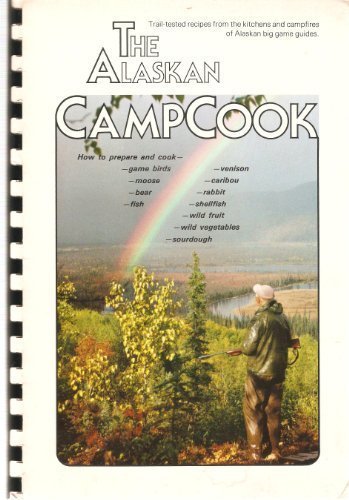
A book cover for Alaskan Camp Cook; Alaska Sportsman Cownoil; Cookbooks, Food & Wine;